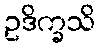
ဥဒိက္ခသိ